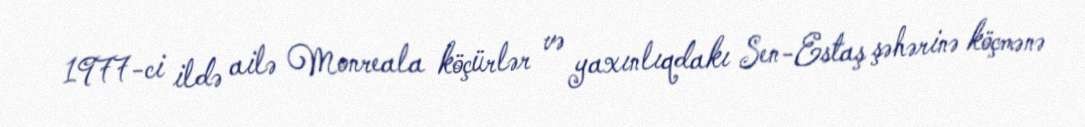
1977-ci ildə ailə Monreala köçürlər və yaxınlıqdakı Sen-Estaş şəhərinə köçmənə